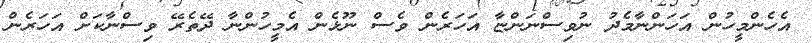
އެހެންމީހުން އަހަންނާމެދު ނުވިސްނަންޏާ އަހަރެން ވެސް ނޫޅެން އެމީހުންނާ ދޭތެރޭ ވިސްނާކަށް އަހަރެން